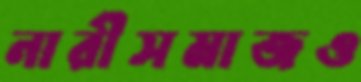
নারীসমাজও